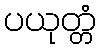
ပယုတ္တံ